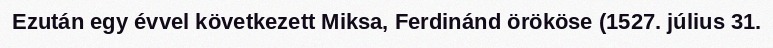
Ezután egy évvel következett Miksa, Ferdinánd örököse (1527. július 31.